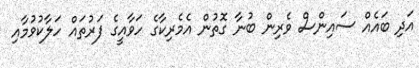
އަދި ބައެއް ސައިންސް ވެރިން ބުނާ ގޮތުން އެމެރިކާގެ ހަވާއީގެ ފަރުތައް ހަލާކުވުމާއި